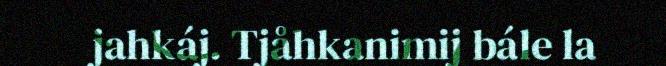
jahkáj. Tjåhkanimij bále la